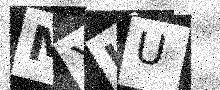
Text: MXHU